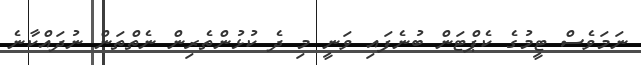
ނަމަވެސް ޓީމުގެ ކެޕްޓަން ބުނެފައި ވަނީ މި ދެ ކުޅުންތެރިން ނެތްތަން ނުދައްކާނެ